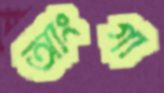
আংগা